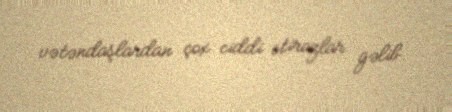
vətəndaşlardan çox ciddi etirazlar gəlib.